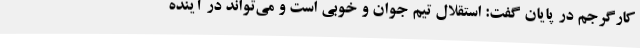
کارگرجم در پایان گفت: استقلال تیم جوان و خوبی است و می‌تواند در آینده